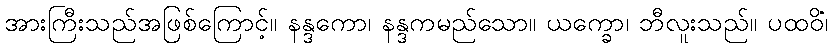
အားကြီးသည်အဖြစ်ကြောင့်။ နန္ဒကော၊ နန္ဒကမည်သော။ ယက္ခော၊ ဘီလူးသည်။ ပထဝိံ၊